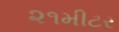
૨૧મીટર